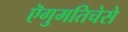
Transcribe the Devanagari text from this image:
ऎगुमतिचेसे